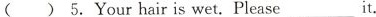
()5.Your hair is wet. Please ___ it.